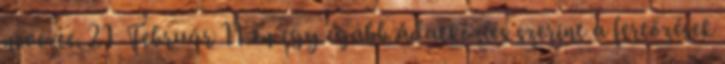
nevezte. 21 Február 11-én egy újabb adatközlés szerint a fertőzések